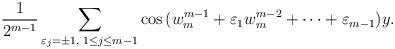
LaTeX: \begin{align*}\frac{1}{2^{m-1}}\sum_{\varepsilon_j=\pm 1,\; 1\leq j\leq m-1}\cos{(w_m^{m-1}+\varepsilon_1w_m^{m-2}+\cdots+\varepsilon_{m-1})y}.\end{align*}